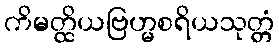
ကိမတ္ထိယဗြဟ္မစရိယသုတ္တံ